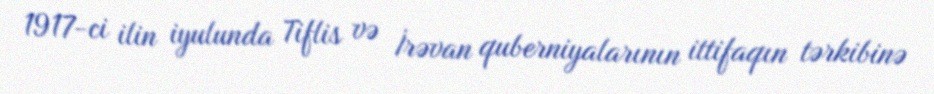
1917-ci ilin iyulunda Tiflis və İrəvan quberniyalarının ittifaqın tərkibinə